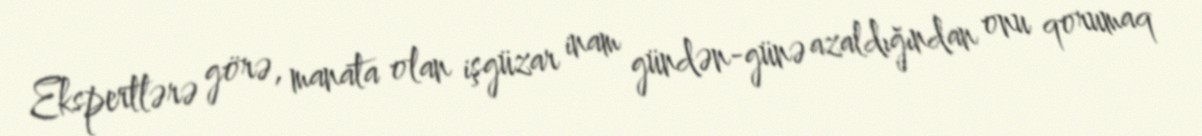
Ekspertlərə görə, manata olan işgüzar inam gündən-günə azaldığından onu qorumaq